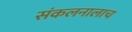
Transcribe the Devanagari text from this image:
संकलनालाच